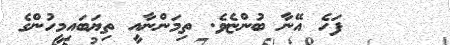
٢٤     ފަހެ އޭނާ ބުންޏެވެ. ތިމަންނާއީ ތިޔަބައިމީހުންގެ